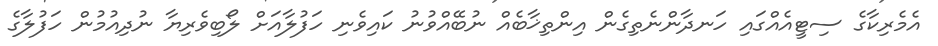
އެމެރިކާގެ ސިޓީއެއްގައި ހަނދާންނެތިގެން އިންތިޚާބެއް ނުބޭއްވުނު ކައިވެނި ހަފުލާއަށް ލޯބިވެރިޔާ ނުދިއުމުން ހަފުލާގެ